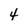
Character: 4